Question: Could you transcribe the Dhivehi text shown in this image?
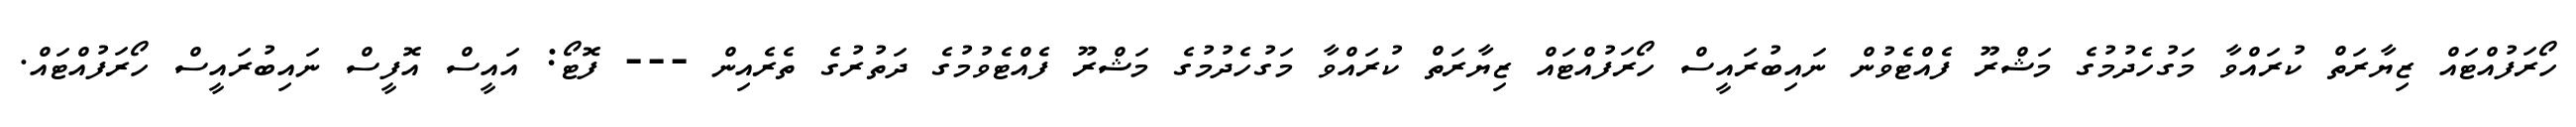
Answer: ހޯރަފުއްޓައް ޒިޔާރަތް ކުރައްވާ މަގުހެދުމުގެ މަޝްރޫ ފެއްޓެވުން ނައިބުރައީސް ހޯރަފުއްޓައް ޒިޔާރަތް ކުރައްވާ މަގުހެދުމުގެ މަޝްރޫ ފެއްޓެވުމުގެ ދަތުރުގެ ތެރެއިން --- ފޮޓޯ: އައީސް އޮފީސް ނައިބުރައީސް ހޯރަފުއްޓައް.